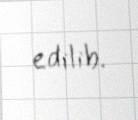
edilib.